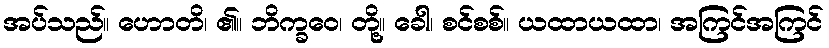
အပ်သည်။ ဟောတိ၊ ၏။ ဘိက္ခဝေ၊ တို့။ ခေါ၊ စင်စစ်။ ယထာယထာ၊ အကြင်အကြင်